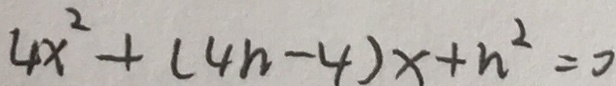
4 x ^ { 2 } + ( 4 n - 4 ) x + n ^ { 2 } = 0